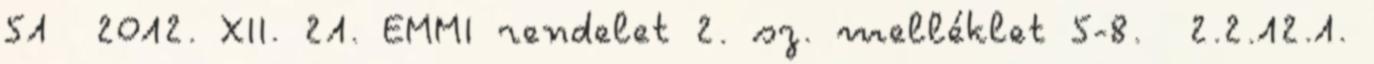
51 2012. XII. 21. EMMI rendelet 2. sz. melléklet 5-8. 2.2.12.1.